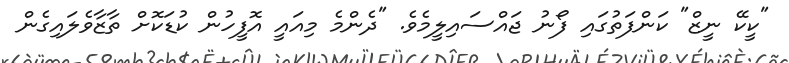
"ކީކޭ ނީޒް" ކަންފަތުގައި ފޯނު ޖައްސައިލީމެވެ. "ދެންމެ މިއައީ އޮފީހުން ކުޑަކޮށް ތާޒާވެލައިގެން